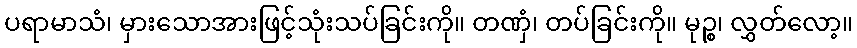
ပရာမာသံ၊ မှားသောအားဖြင့်သုံးသပ်ခြင်းကို။ တဏှံ၊ တပ်ခြင်းကို။ မုဉ္စ၊ လွှတ်လော့။